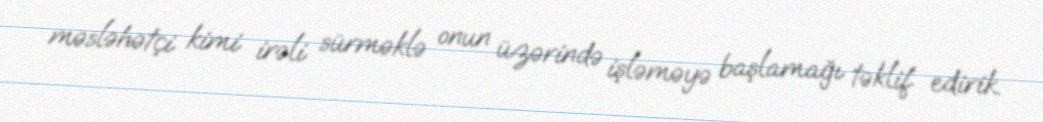
məsləhətçi kimi irəli sürməklə onun üzərində işləməyə başlamağı təklif edirik.